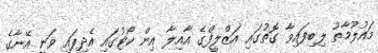
މައުލޫމާތު ލިބިފައިވާ ގޮތުގައި އަޒްލީފްގެ އާއިލާ އިން ކޯޓުގައި އެދިފައި ވަނީ އޭނާގެ